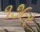
૧૭૯ર